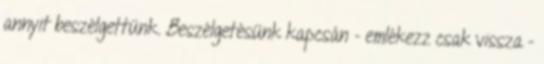
annyit beszélgettünk. Beszélgetésünk kapcsán - emlékezz csak vissza -